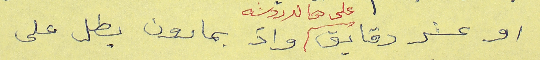
او عشر دقايق على هالدردشه واذ بمارون بطل على